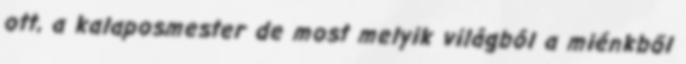
ott, a kalaposmester de most melyik világból a miénkből